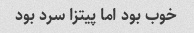
خوب بود اما پیتزا سرد بود